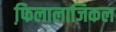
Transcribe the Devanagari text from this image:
फि़लालाजिकल